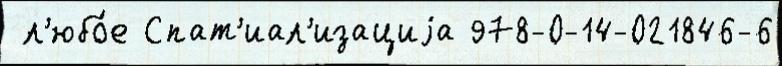
 л'юбо́е Спат'иал'изациjа 978-0-14-021846-6